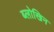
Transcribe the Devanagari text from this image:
ब्लोखिन